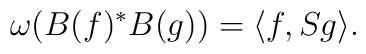
\omega (B(f)^* B(g)) = \langle f,Sg \rangle .